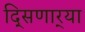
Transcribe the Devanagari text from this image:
दि्सणार्‍या